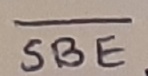
Text: SBE